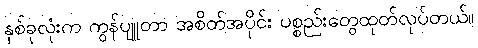
နှစ်ခုလုံးက ကွန်ပျူတာ အစိတ်အပိုင်း ပစ္စည်းတွေထုတ်လုပ်တယ်။